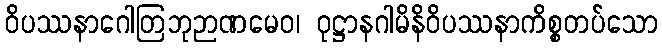
ဝိပဿနာဂေါတြဘုဉာဏမေဝ၊ ဝုဋ္ဌာနဂါမိနိဝိပဿနာကိစ္စတပ်သော